Indian journal of veterinary science and animal husbandry - Volume 8,
Year: 1938
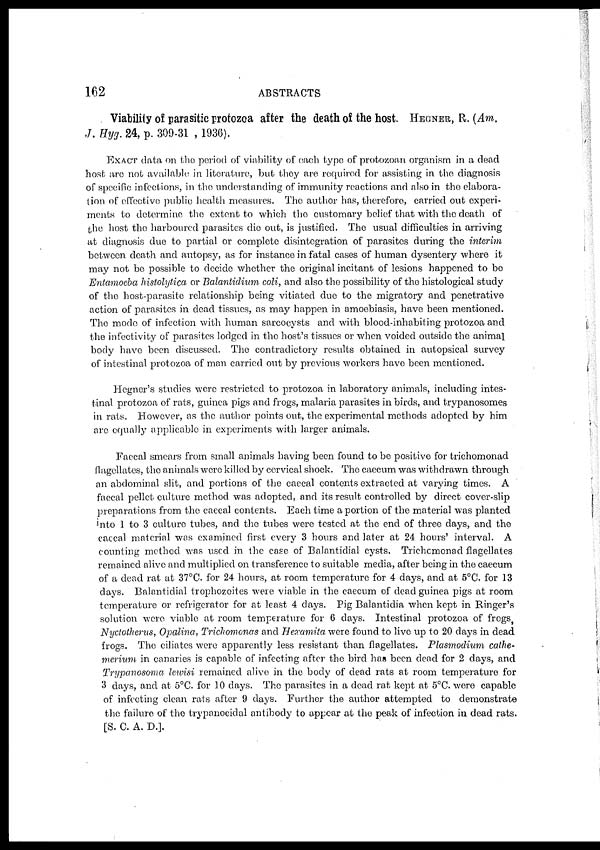
162
ABSTRACTS
Viability of parasitic protozoa after the death of the host. HEGNER, R. (Am.
J. Hyg. 24, p. 309-31 , 1936).
EXACT data on the period of viability of each type of protozoan organism in a dead
host are not available in literature, but they are required for assisting in the diagnosis
of specific infections, in the understanding of immunity reactions and also in the elabora-
tion of effective public health measures. The author has, therefore, carried out experi-
ments to determine the extent to which the customary belief that with the death of
the host the harboured parasites die out, is justified. The usual difficulties in arriving
at diagnosis due to partial or complete disintegration of parasites during the interim
between death and autopsy, as for instance in fatal cases of human dysentery where it
may not be possible to decide whether the original incitant of lesions happened to be
Entamoeba histolytica or Balantidium coli, and also the possibility of the histological study
of the host-parasite relationship being vitiated due to the migratory and penetrative
action of parasites in dead tissues, as may happen in amoebiasis, have been mentioned.
The mode of infection with human sarcocysts and with blood-inhabiting protozoa and
the infectivity of parasites lodged in the host's tissues or when voided outside the animal
body have been discussed. The contradictory results obtained in autopsical survey
of intestinal protozoa of man carried out by previous workers have been mentioned.
Hegner's studies were restricted to protozoa in laboratory animals, including intes-
tinal protozoa of rats, guinea pigs and frogs, malaria parasites in birds, and trypanosomes
in rats. However, as the author points out, the experimental methods adopted by him
are equally applicable in experiments with larger animals.
Faecal smears from small animals having been found to be positive for trichomonad
flagellates, the animals were killed by cervical shock. The caecum was withdrawn through
an abdominal slit, and portions of the caecal contents extracted at varying times. A
faecal pellet culture method was adopted, and its result controlled by direct cover-slip
preparations from the caecal contents. Each time a portion of the material was planted
into 1 to 3 culture tubes, and the tubes were tested at the end of three days, and the
caecal material was examined first every 3 hours and later at 24 hours' interval. A
counting method was used in the case of Balantidial cysts. Trichomonad flagellates
remained alive and multiplied on transference to suitable media, after being in the caecum
of a dead rat at 37°C. for 24 hours, at room temperature for 4 days, and at 5°C. for 13
days. Balantidial trophozoites were viable in the caecum of dead guinea pigs at room
temperature or refrigerator for at least 4 days. Pig Balantidia when kept in Ringer's
solution were viable at room temperature for 6 days. Intestinal protozoa of frogs,
Nyctotherus, Opalina, Trichomonas and Hexamita were found to live up to 20 days in dead
frogs. The ciliates were apparently less resistant than flagellates. Plasmodium cathe¬
merium in canaries is capable of infecting after the bird has been dead for 2 days, and
Trypanosoma lewisi remained alive in the body of dead rats at room temperature for
3 days, and at 5°C. for 10 days. The parasites in a dead rat kept at 5°C. were capable
of infecting clean rats after 9 days. Further the author attempted to demonstrate
the failure of the trypanocidal antibody to appear at the peak of infection in dead rats.
[S. C. A. D.].